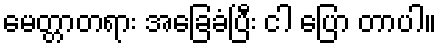
မေတ္တာတရား အခြေခံပြီး ငါ ပြော တာပါ။